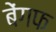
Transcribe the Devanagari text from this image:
बेंगफ